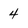
Character: 4